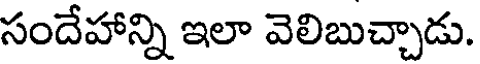
సందేహాన్ని ఇలా వెలిబుచ్చాడు.